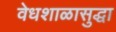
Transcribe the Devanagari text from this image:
वेधशाळासुद्धा